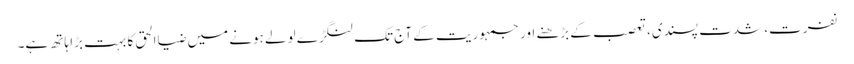
نفرت، شدت پسندی، تعصب کے بڑھنے اور جمہوریت کے آج تک لنگڑے لولے ہونے میں ضیاالحق کا بہت بڑا ہاتھ ہے۔